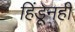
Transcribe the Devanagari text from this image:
हिंडूनही